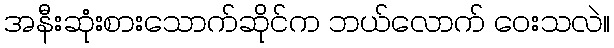
အနီးဆုံးစားသောက်ဆိုင်က ဘယ်လောက် ဝေးသလဲ။